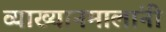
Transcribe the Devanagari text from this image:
व्याख्यानमालांनी